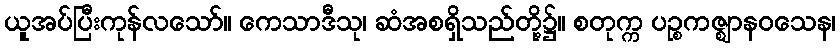
ယူအပ်ပြီးကုန်လသော်။ ကေသာဒီသု၊ ဆံအစရှိသည်တို့၌။ စတုက္က ပဉ္စကဇ္ဈာနဝသေန၊